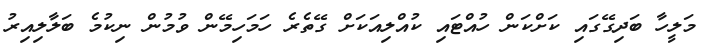
މަލީހާ ބަދިގޭގައި ކަށްކަން ހުއްޓައި ކުއްލިއަކަށް ގޭތެރެ ހަމަހިމޭން ވުމުން ނިކުމެ ބަލާލިއިރު